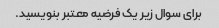
برای سوال زیر یک فرضیه معتبر بنویسید.